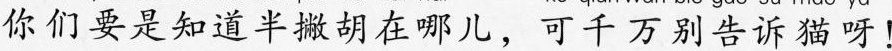
你们要是知道半撇胡在哪儿，可千万别告诉猫呀!